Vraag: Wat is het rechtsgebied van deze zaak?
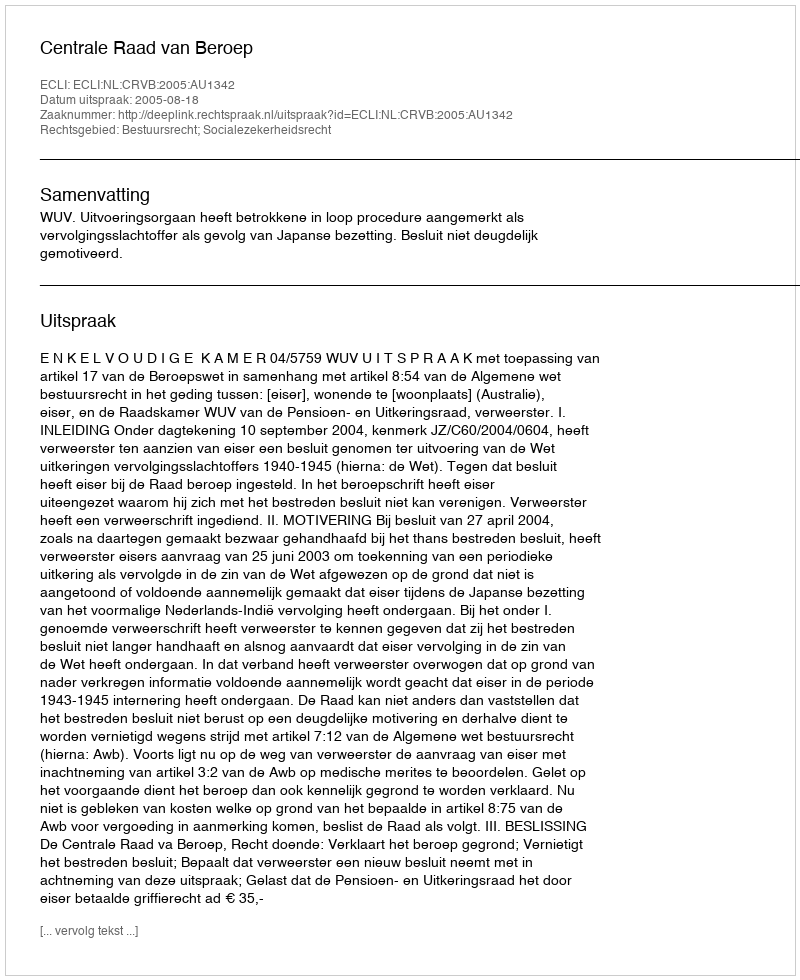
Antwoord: Bestuursrecht; Socialezekerheidsrecht